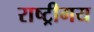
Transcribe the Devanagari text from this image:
राष्ट्रीगय